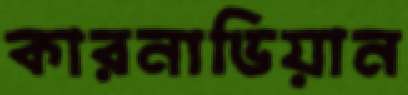
কারনাভিয়ান